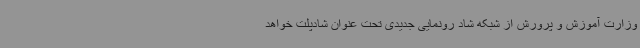
وزارت آموزش و پرورش از شبکه شاد رونمایی جدیدی تحت عنوان شادپلت خواهد